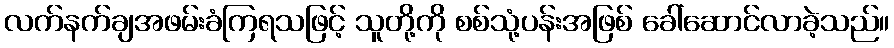
လက်နက်ချအဖမ်းခံကြရသဖြင့် သူတို့ကို စစ်သုံ့ပန်းအဖြစ် ခေါ်ဆောင်လာခဲ့သည်။